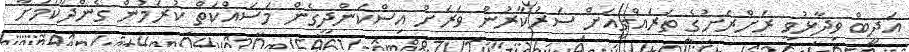
އަދީބް ވިދާޅުވީ ރަށްރަށުގެ ތަރައްގީއަށް ސަރުކާރުން ވަރަށް އިސްކަންދީގެން މަސައްކަތް ކުރަމުން ގެންދާކަމަށާ